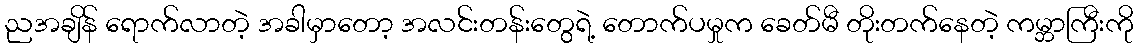
ညအချိန် ရောက်လာတဲ့ အခါမှာတော့ အလင်းတန်းတွေရဲ့ တောက်ပမှုက ခေတ်မီ တိုးတက်နေတဲ့ ကမ္ဘာကြီးကို